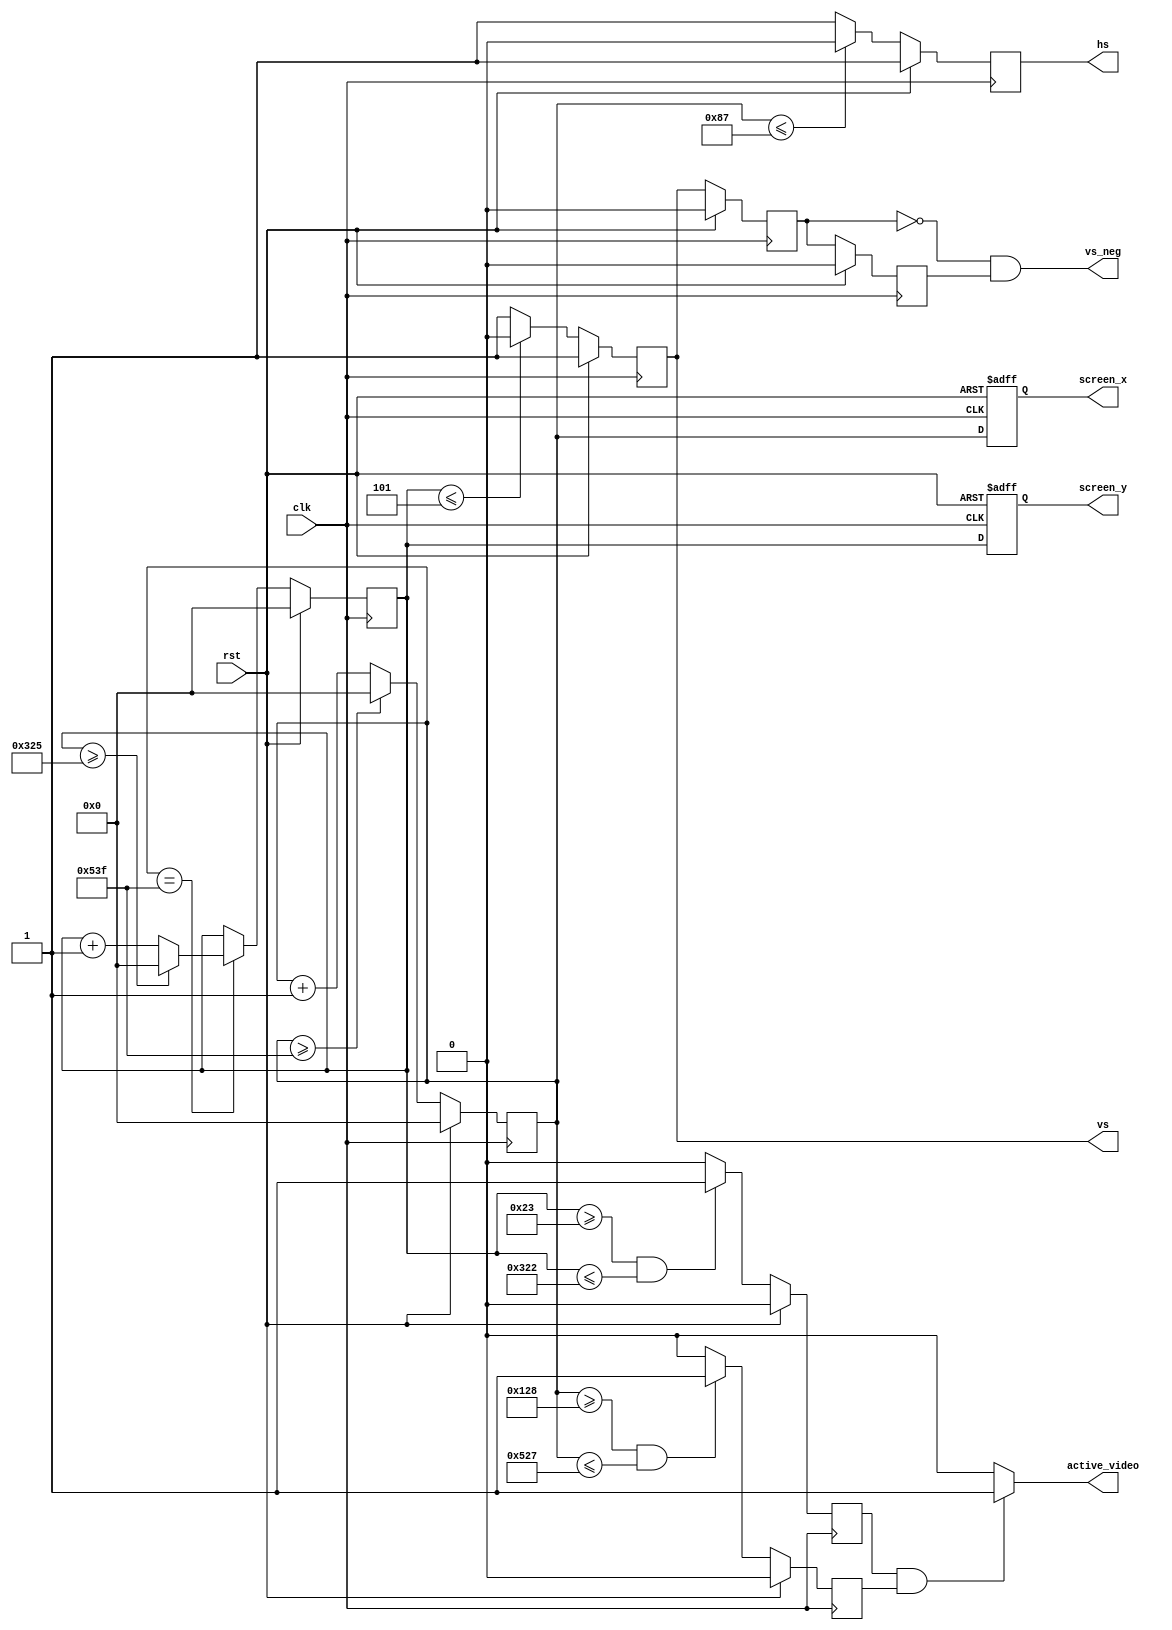
module VGA_driver(
    input clk, rst,
    output reg hs, vs, 
    output reg [10:0] screen_x, screen_y,
    output vs_neg,
    output active_video);

    parameter HCNT = 11'd1343; //136+160+1024+24=1344
    parameter VCNT = 11'd805; //6+29+768+3=806

    reg [10:0] h_cnt, v_cnt; //curr_cnt
    reg     h_de, v_de;//data_enable

    always@(posedge clk)
    begin
        if(rst)
            h_cnt <= 11'd0;
        else if(h_cnt >= 11'd1343)
            h_cnt <= 11'd0;
        else
            h_cnt <= h_cnt + 11'd1; 
    end

    always@(posedge clk)
    begin
        if(rst)
            v_cnt <= 11'd0;
        else if(h_cnt == 11'd1343) begin
            if(v_cnt >= 11'd805)
                v_cnt <= 11'd0;
            else
                v_cnt <= v_cnt + 11'd1;
        end
    end

    always @(posedge clk) begin
        if(rst) 
            h_de <= 1'b0;
        else if((h_cnt >= 296) && (h_cnt <= 1319)) 
            h_de <= 1'b1;
        else 
            h_de <= 1'b0;
    end

    always @(posedge clk)
    begin
        if(rst)
            v_de <= 1'b0;
        else if((v_cnt >= 35) && (v_cnt <= 802))
            v_de <= 1'b1;
        else 
            v_de <= 1'b0;
    end

    always @(posedge clk)
    begin
        if(rst)
            hs <= 1'b1;
        else if(h_cnt <= 11'd135)
            hs <= 1'b0;
        else
            hs <= 1'b1;
    end

    always @(posedge clk)
    begin
        if(rst)
            vs <= 1'b1;
        else if(v_cnt <= 11'd5)
            vs <= 1'b0;
        else 
            vs <= 1'b1;
    end
    reg v1,v2;
always @(posedge clk) begin
    if(rst) begin
        v1 <= 0;
        v2 <= 0;
    end else begin
        v1 <= vs;
        v2 <= v1;
    end
end

assign vs_neg = ~v1 && v2;
assign active_video = ((v_de == 1) && (h_de == 1)) ? 1'b1 : 1'b0;
always @(posedge clk or posedge rst)begin
    if(rst) begin
        screen_x <= 11'd0;
        screen_y <= 11'd0;
    end else begin
        screen_x <= h_cnt;
        screen_y <= v_cnt;
    end
end
endmodule